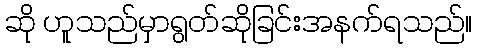
ဆို ဟူသည်မှာရွတ်ဆိုခြင်းအနက်ရသည်။